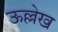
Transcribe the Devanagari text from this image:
ऊल्लेख